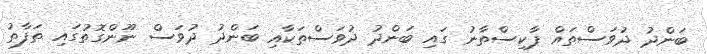
ބަންދު ދުވަސްތައް ޕާކިސްތާނު ގައި ބަންދު ދުވަސްތަކާއި ބަންދު ދުވަސް ނޫންގޮތުގައި ތަފާތު